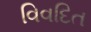
વિવદિત